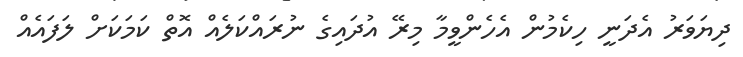
ދިޔަވަރު އެދަނީ ހިކެމުން އެހެންވީމާ މިރޭ އުދައިގެ ނުރައްކަލެއް އޮތް ކަމަކަށް ލަފައެއް